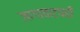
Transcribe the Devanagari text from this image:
जागावाटपही